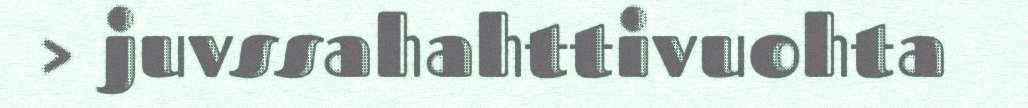
> juvssahahttivuohta